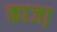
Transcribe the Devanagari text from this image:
काजा़